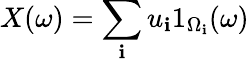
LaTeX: X(\omega)=\sum_{\mathbf{i}}u_{\mathbf{i}}1_{\Omega_{\mathbf{i}}}(\omega)